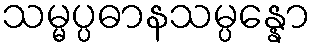
သမ္မပ္ပဓာနသမ္ပန္နော